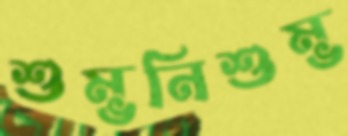
শুম্ভনিশুম্ভ